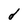
Character: d